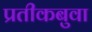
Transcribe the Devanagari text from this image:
प्रतीकबुवा